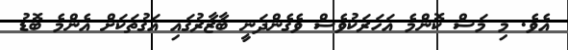
އެވެ. މި މަސް ކޮންމެ އަހަރަކުވެސް ވެގެންދަނީ ބާޒާރުގައި އަގުތަކަށް އެންމެ ބޮޑު